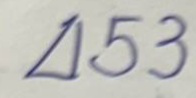
453